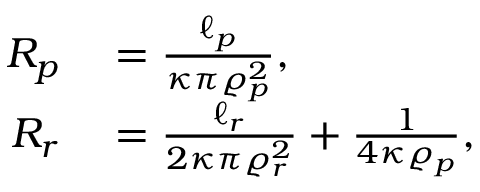
\begin{array} { r l } { R _ { p } } & { { } = \frac { \ell _ { p } } { \kappa \pi \varrho _ { p } ^ { 2 } } , } \\ { R _ { r } } & { { } = \frac { \ell _ { r } } { 2 \kappa \pi \varrho _ { r } ^ { 2 } } + \frac { 1 } { 4 \kappa \varrho _ { p } } , } \end{array}